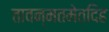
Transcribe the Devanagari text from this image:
तावन्मतमेतदिह